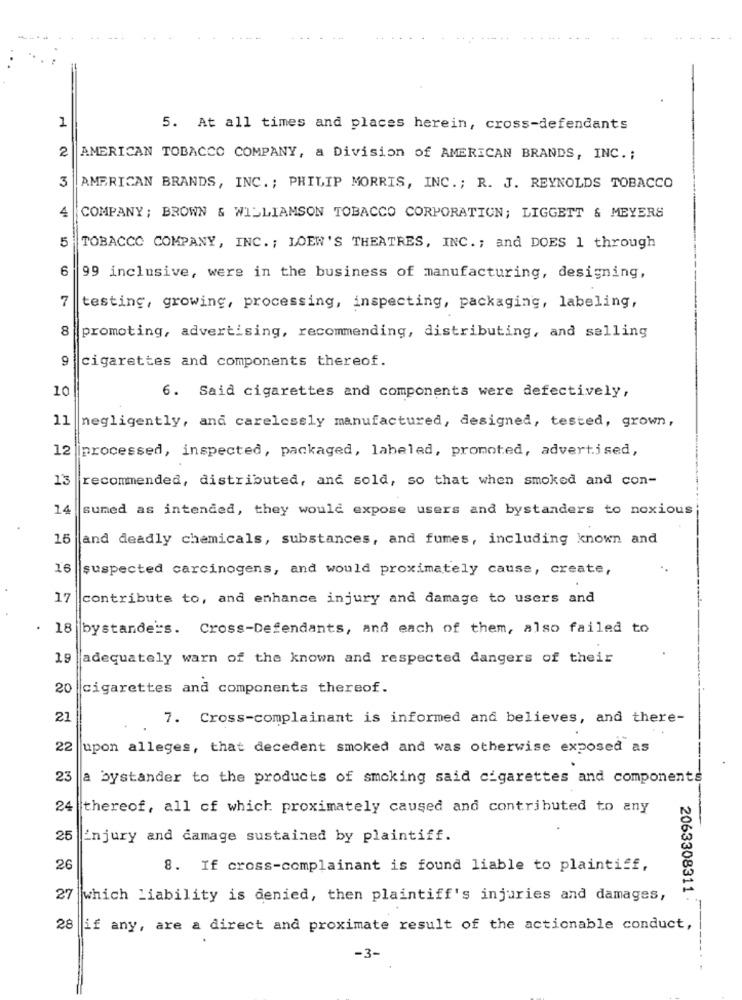
1
5. At all times and places herein, cross-defendants
2
AMERICAN TOBACCO COMPANY, a Division of AMERICAN BRANDS, INC. ;
3
AMERICAN BRANDS, INC. ; PHILIP MORRIS, INC .; R. J. REYNOLDS TOBACCO
4
COMPANY ; BROWN & WILLIAMSON TOBACCO CORPORATION; LIGGETT & MEYERS
5
TOBACCO COMPANY, INC. ; LOEW'S THEATRES, INC. ; and DOES 1 through
6
99 inclusive, were in the business of manufacturing, designing,
7
testing, growing, processing, inspecting, packaging, labeling,
8
promoting, advertising, recommending, distributing, and selling
cigarettes and components thereof.
10
6. Said cigarettes and components were defectively,
11
negligently, and carelessly manufactured, designed, tested, grown,
12
processed, inspected, packaged, labeled, promoted, advertised,
13
recommended, distributed, and sold, so that when smoked and con-
14
sumed as intended, they would expose users and bystanders to noxious
15
and deadly chemicals, substances, and fumes, including known and
16
suspected carcinogens, and would proximately cause, create,
17
contribute to, and enhance injury and damage to users and
.
18
bystanders. Cross-Defendants, and each of them, also failed to
19
adequately warn of the known and respected dangers of their
20
cigarettes and components thereof.
21
7. Cross-complainant is informed and believes, and there-
22
upon alleges, that decedent smoked and was otherwise exposed as
23
a bystander to the products of smoking said cigarettes and components
24
thereof, all of which proximately caused and contributed to any
25
injury and damage sustained by plaintiff.
26
8. If cross-complainant is found liable to plaintiff,
27 which Liability is denied, then plaintiff's injuries and damages,
2063308311:
28
if any, are a direct and proximate result of the actionable conduct,
-3-